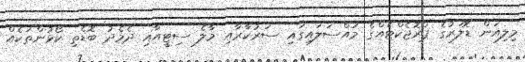
މިލިއަން ޑޮލަރުގެ ޕްރޮޖެކްޓެއްގެ މައްސަލައިގައި ސަރުކާރާއި މާލެ ސިޓީއާއި ދެމެދު ބޮޑެތި ކޯޅުންތަކެއް